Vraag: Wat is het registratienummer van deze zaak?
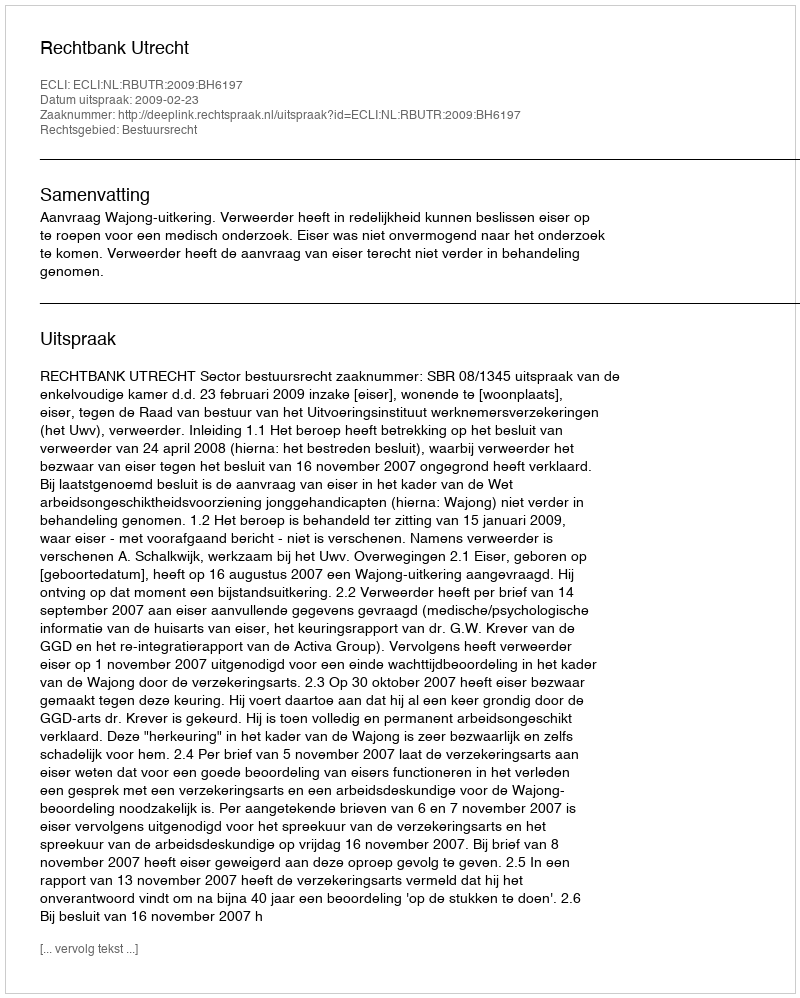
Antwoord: http://deeplink.rechtspraak.nl/uitspraak?id=ECLI:NL:RBUTR:2009:BH6197